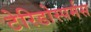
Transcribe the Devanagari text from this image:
टेरिडोस्पर्मस